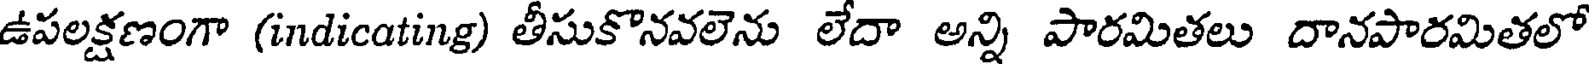
ఉపలక్షణంగా (indicating) తీసుకొనవలెను లేదా అన్ని పారమితలు దానపారమితలో